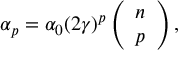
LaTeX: \alpha _ { p } = \alpha _ { 0 } ( 2 \gamma ) ^ { p } \left( \begin{array} { c } { { n } } \\ { { p } } \end{array} \right) ,